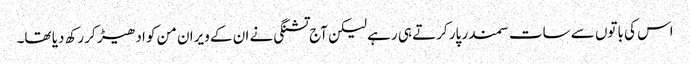
اس کی باتوں سے سات سمندر پار کرتے ہی رہے لیکن آج تشنگی نے ان کے ویران من کو ادھیڑ کر رکھ دیا تھا۔